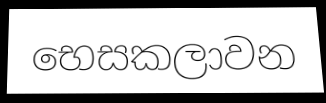
භෙසකලාවන